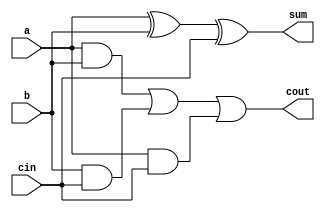
module full_ad(
  input a, b, cin,
  output sum, cout
);
  
  assign {sum, cout} = {a^b^cin, ((a & b) | (b & cin) | (a & cin))};
 
endmodule

module ripp_ca_ad#(parameter SIZE = 4) (
  input [SIZE-1:0] A, B, 
  input Cin,
  output [SIZE-1:0] S, Cout);
  
  genvar g;
  
  full_ad fa0(A[0], B[0], Cin, S[0], Cout[0]);
  generate 
    for(g=1; g<SIZE; g=g+1) begin
      full_ad fa(A[g], B[g], Cout[g-1], S[g], Cout[g]);
    end
  endgenerate
  endmodule